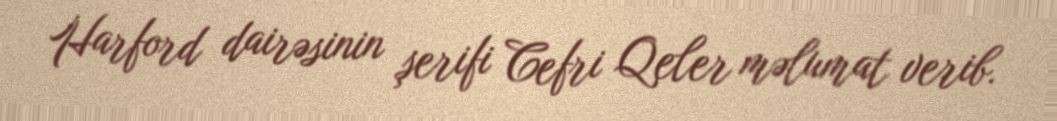
Harford dairəsinin şerifi Cefri Qeler məlumat verib.